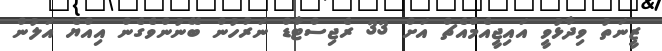
ޒީނަތު ވިދާޅުވީ އައިޖީއެމްއެޗް އަށް 33 ރެޖިސްޓާޑް ނަރުހުން ބޭނުންވެގެން އިއްޔެ އަލުން